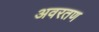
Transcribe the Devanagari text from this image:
अवरतण